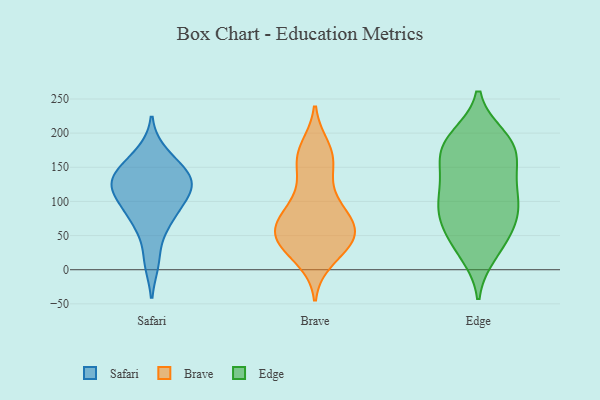
{"axis": {"x": "Page Views", "y": "Value"}, "legend": ["Brave", "Edge", "Safari"], "data": [{"x": "", "y": 171, "type": "Safari"}, {"x": "", "y": 115, "type": "Safari"}, {"x": "", "y": 65, "type": "Safari"}, {"x": "", "y": 98, "type": "Safari"}, {"x": "", "y": 137, "type": "Safari"}, {"x": "", "y": 148, "type": "Safari"}, {"x": "", "y": 128, "type": "Safari"}, {"x": "", "y": 77, "type": "Safari"}, {"x": "", "y": 12, "type": "Safari"}, {"x": "", "y": 113, "type": "Safari"}, {"x": "", "y": 136, "type": "Safari"}, {"x": "", "y": 89, "type": "Brave"}, {"x": "", "y": 49, "type": "Brave"}, {"x": "", "y": 50, "type": "Brave"}, {"x": "", "y": 28, "type": "Brave"}, {"x": "", "y": 113, "type": "Brave"}, {"x": "", "y": 45, "type": "Brave"}, {"x": "", "y": 16, "type": "Brave"}, {"x": "", "y": 86, "type": "Brave"}, {"x": "", "y": 158, "type": "Brave"}, {"x": "", "y": 48, "type": "Brave"}, {"x": "", "y": 173, "type": "Brave"}, {"x": "", "y": 165, "type": "Brave"}, {"x": "", "y": 91, "type": "Brave"}, {"x": "", "y": 63, "type": "Brave"}, {"x": "", "y": 54, "type": "Brave"}, {"x": "", "y": 66, "type": "Brave"}, {"x": "", "y": 178, "type": "Brave"}, {"x": "", "y": 28, "type": "Brave"}, {"x": "", "y": 148, "type": "Brave"}, {"x": "", "y": 60, "type": "Brave"}, {"x": "", "y": 179, "type": "Edge"}, {"x": "", "y": 39, "type": "Edge"}, {"x": "", "y": 188, "type": "Edge"}, {"x": "", "y": 31, "type": "Edge"}, {"x": "", "y": 172, "type": "Edge"}, {"x": "", "y": 104, "type": "Edge"}, {"x": "", "y": 142, "type": "Edge"}, {"x": "", "y": 116, "type": "Edge"}, {"x": "", "y": 84, "type": "Edge"}, {"x": "", "y": 195, "type": "Edge"}, {"x": "", "y": 134, "type": "Edge"}, {"x": "", "y": 68, "type": "Edge"}, {"x": "", "y": 92, "type": "Edge"}, {"x": "", "y": 105, "type": "Edge"}, {"x": "", "y": 195, "type": "Edge"}, {"x": "", "y": 68, "type": "Edge"}, {"x": "", "y": 155, "type": "Edge"}, {"x": "", "y": 23, "type": "Edge"}, {"x": "", "y": 172, "type": "Edge"}, {"x": "", "y": 70, "type": "Edge"}]}